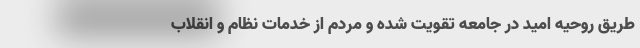
طریق روحیه امید در جامعه تقویت شده و مردم از خدمات نظام و انقلاب